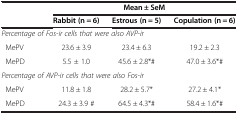
<table><thead><tr><td colspan="2"><b> </b></td><td colspan="3"><b>Mean ± SeM</b></td></tr><tr><td colspan="2"><b> </b></td><td><b>Rabbit (n = 6)</b></td><td><b>Estrous (n = 5)</b></td><td><b>Copulation (n = 6)</b></td></tr></thead><tbody><tr><td colspan="5"><i>Percentage of Fos-ir cells that were also AVP-ir</i></td></tr><tr><td>MePV</td><td> </td><td>23.6 ± 3.9</td><td>23.4 ± 6.3</td><td>19.2 ± 2.3</td></tr><tr><td>MePD</td><td> </td><td>5.5 ± 1.0</td><td>45.6 ± 2.8*#</td><td>47.0 ± 3.6*#</td></tr><tr><td colspan="5"><i>Percentage of AVP-ir cells that were also Fos-ir</i></td></tr><tr><td>MePV</td><td> </td><td>11.8 ± 1.8</td><td>28.2 ± 5.7*</td><td>27.2 ± 4.1*</td></tr><tr><td>MePD</td><td> </td><td>24.3 ± 3.9 #</td><td>64.5 ± 4.3*#</td><td>58.4 ± 1.6*#</td></tr></tbody></table>